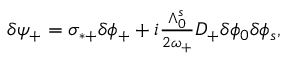
\begin{array} { r } { \delta \psi _ { + } = \sigma _ { * + } \delta \phi _ { + } + i \frac { \Lambda _ { 0 } ^ { s } } { 2 \omega _ { + } } D _ { + } \delta \phi _ { 0 } \delta \phi _ { s } , } \end{array}